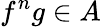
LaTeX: f^{n}g\in A